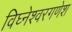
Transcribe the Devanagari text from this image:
विघ्नेश्वरगणेश